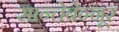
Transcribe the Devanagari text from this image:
सान्तेबेन्नूर